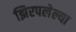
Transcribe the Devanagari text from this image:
झिरपलेल्या